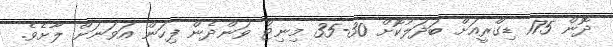
ދޮން 175 ޑިގްރީއަށް ބަދަލުކޮށް 30-35 މިނިޓް ވަންދެން ފިހަން އަވަނަށް ލާށެވެ.